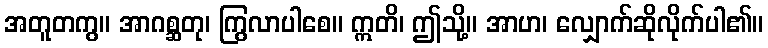
အတူတကွ။ အာဂစ္ဆတု၊ ကြွလာပါစေ။ ဣတိ၊ ဤသို့။ အာဟ၊ လျှောက်ဆိုလိုက်ပါ၏။